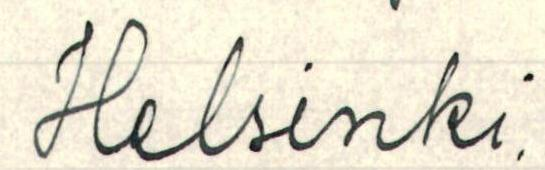
Helsinki.